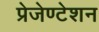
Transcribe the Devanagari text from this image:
प्रेजेण्टेशन